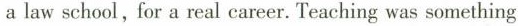
a law school, for a real carcer. Teaching was something